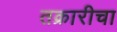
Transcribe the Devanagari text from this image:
तक्रारीचा